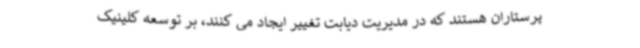
پرستاران هستند که در مدیریت دیابت تغییر ایجاد می کنند، بر توسعه کلینیک